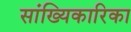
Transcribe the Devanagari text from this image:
सांख्यिकारिका